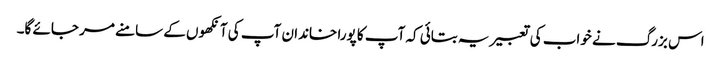
اس بزرگ نے خواب کی تعبیر یہ بتائی کہ آپ کا پورا خاندان آپ کی آنکھوں کے سامنے مر جائے گا۔